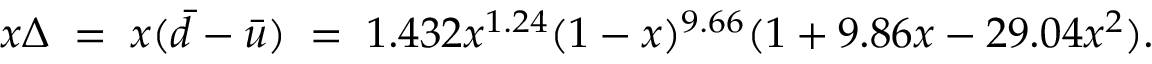
x \Delta \; = \; x ( \bar { d } - \bar { u } ) \; = \; 1 . 4 3 2 x ^ { 1 . 2 4 } ( 1 - x ) ^ { 9 . 6 6 } ( 1 + 9 . 8 6 x - 2 9 . 0 4 x ^ { 2 } ) .